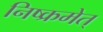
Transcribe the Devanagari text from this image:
निष्क्रमेत्